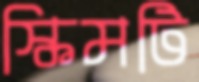
স্কিমটি